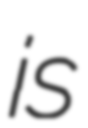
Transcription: is